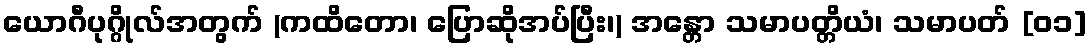
ယောဂီပုဂ္ဂိုလ်အတွက် (ကထိတော၊ ပြောဆိုအပ်ပြီး၊) အန္တော သမာပတ္တိယံ၊ သမာပတ် [၀၁]